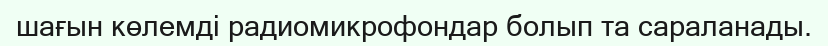
шағын көлемді радиомикрофондар болып та сараланады.